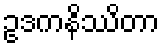
ဥဒကနိဿိတာ